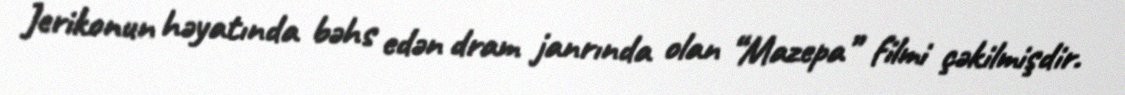
Jerikonun həyatında bəhs edən dram janrında olan “Mazepa” filmi çəkilmişdir.